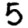
Digit: 5